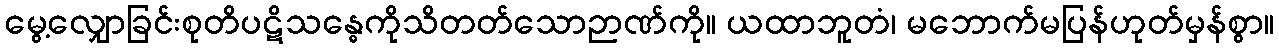
မွေ့လျှောခြင်းစုတိပဋိသန္ဓေကိုသိတတ်သောဉာဏ်ကို။ ယထာဘူတံ၊ မဘောက်မပြန်ဟုတ်မှန်စွာ။